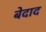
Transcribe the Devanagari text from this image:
बेदाद